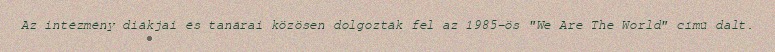
Az intézmény diákjai és tanárai közösen dolgozták fel az 1985-ös "We Are The World" című dalt.